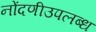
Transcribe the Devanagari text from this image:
नोंदणीउपलब्ध